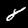
Label: 8